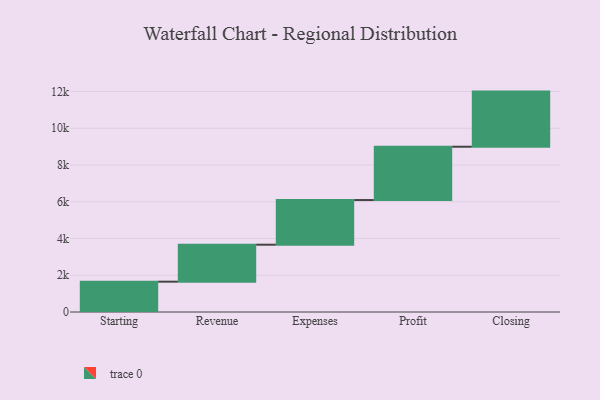
{"axis": {"x": "Step", "y": "Value"}, "legend": [""], "data": [{"x": "Starting", "y": 1650.0, "type": ""}, {"x": "Revenue", "y": 2013.0, "type": ""}, {"x": "Expenses", "y": 2431.0, "type": ""}, {"x": "Profit", "y": 2902.0, "type": ""}, {"x": "Closing", "y": 3000, "type": ""}]}